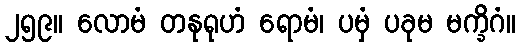
၂၅၉။ လောမံ တနုရုဟံ ရောမံ၊ ပမှံ ပခုမ မက္ခိဂံ။